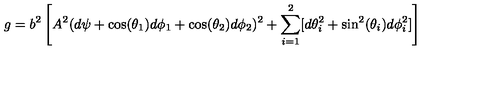
g = b ^ { 2 } \left[ A ^ { 2 } ( d \psi + \cos ( \theta _ { 1 } ) d \phi _ { 1 } + \cos ( \theta _ { 2 } ) d \phi _ { 2 } ) ^ { 2 } + \sum _ { i = 1 } ^ { 2 } [ d \theta _ { i } ^ { 2 } + \sin ^ { 2 } ( \theta _ { i } ) d \phi _ { i } ^ { 2 } ] \right]